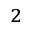
_ 2